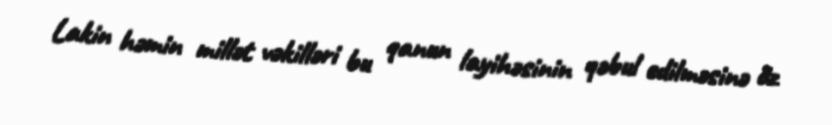
Lakin həmin millət vəkilləri bu qanun layihəsinin qəbul edilməsinə öz